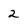
Character: 2